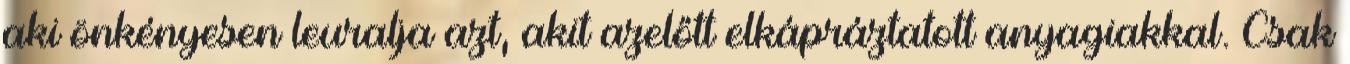
aki önkényesen leuralja azt, akit azelőtt elkápráztatott anyagiakkal. Csak